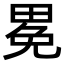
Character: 𤲈